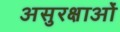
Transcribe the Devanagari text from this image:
असुरक्षाओं